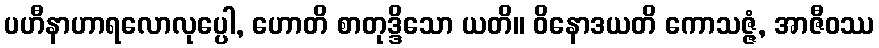
ပဟီနာဟာရလောလုပ္ပေါ, ဟောတိ စာတုဒ္ဒိသော ယတိ။ ဝိနောဒယတိ ကောသဇ္ဇံ, အာဇီဝဿ